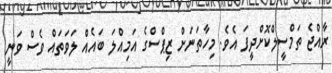
ރާއްޖެ ތަމްސީލްކޮށްދީފަ އެވެ. މިހާތަނަށް ޒިޕްސްގެ އަމިއްލަ ބައެއް ލަވަތައް ވެސް ވަނީ